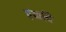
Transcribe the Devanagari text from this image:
एंकवि